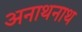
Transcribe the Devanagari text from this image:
अनाथनाथ